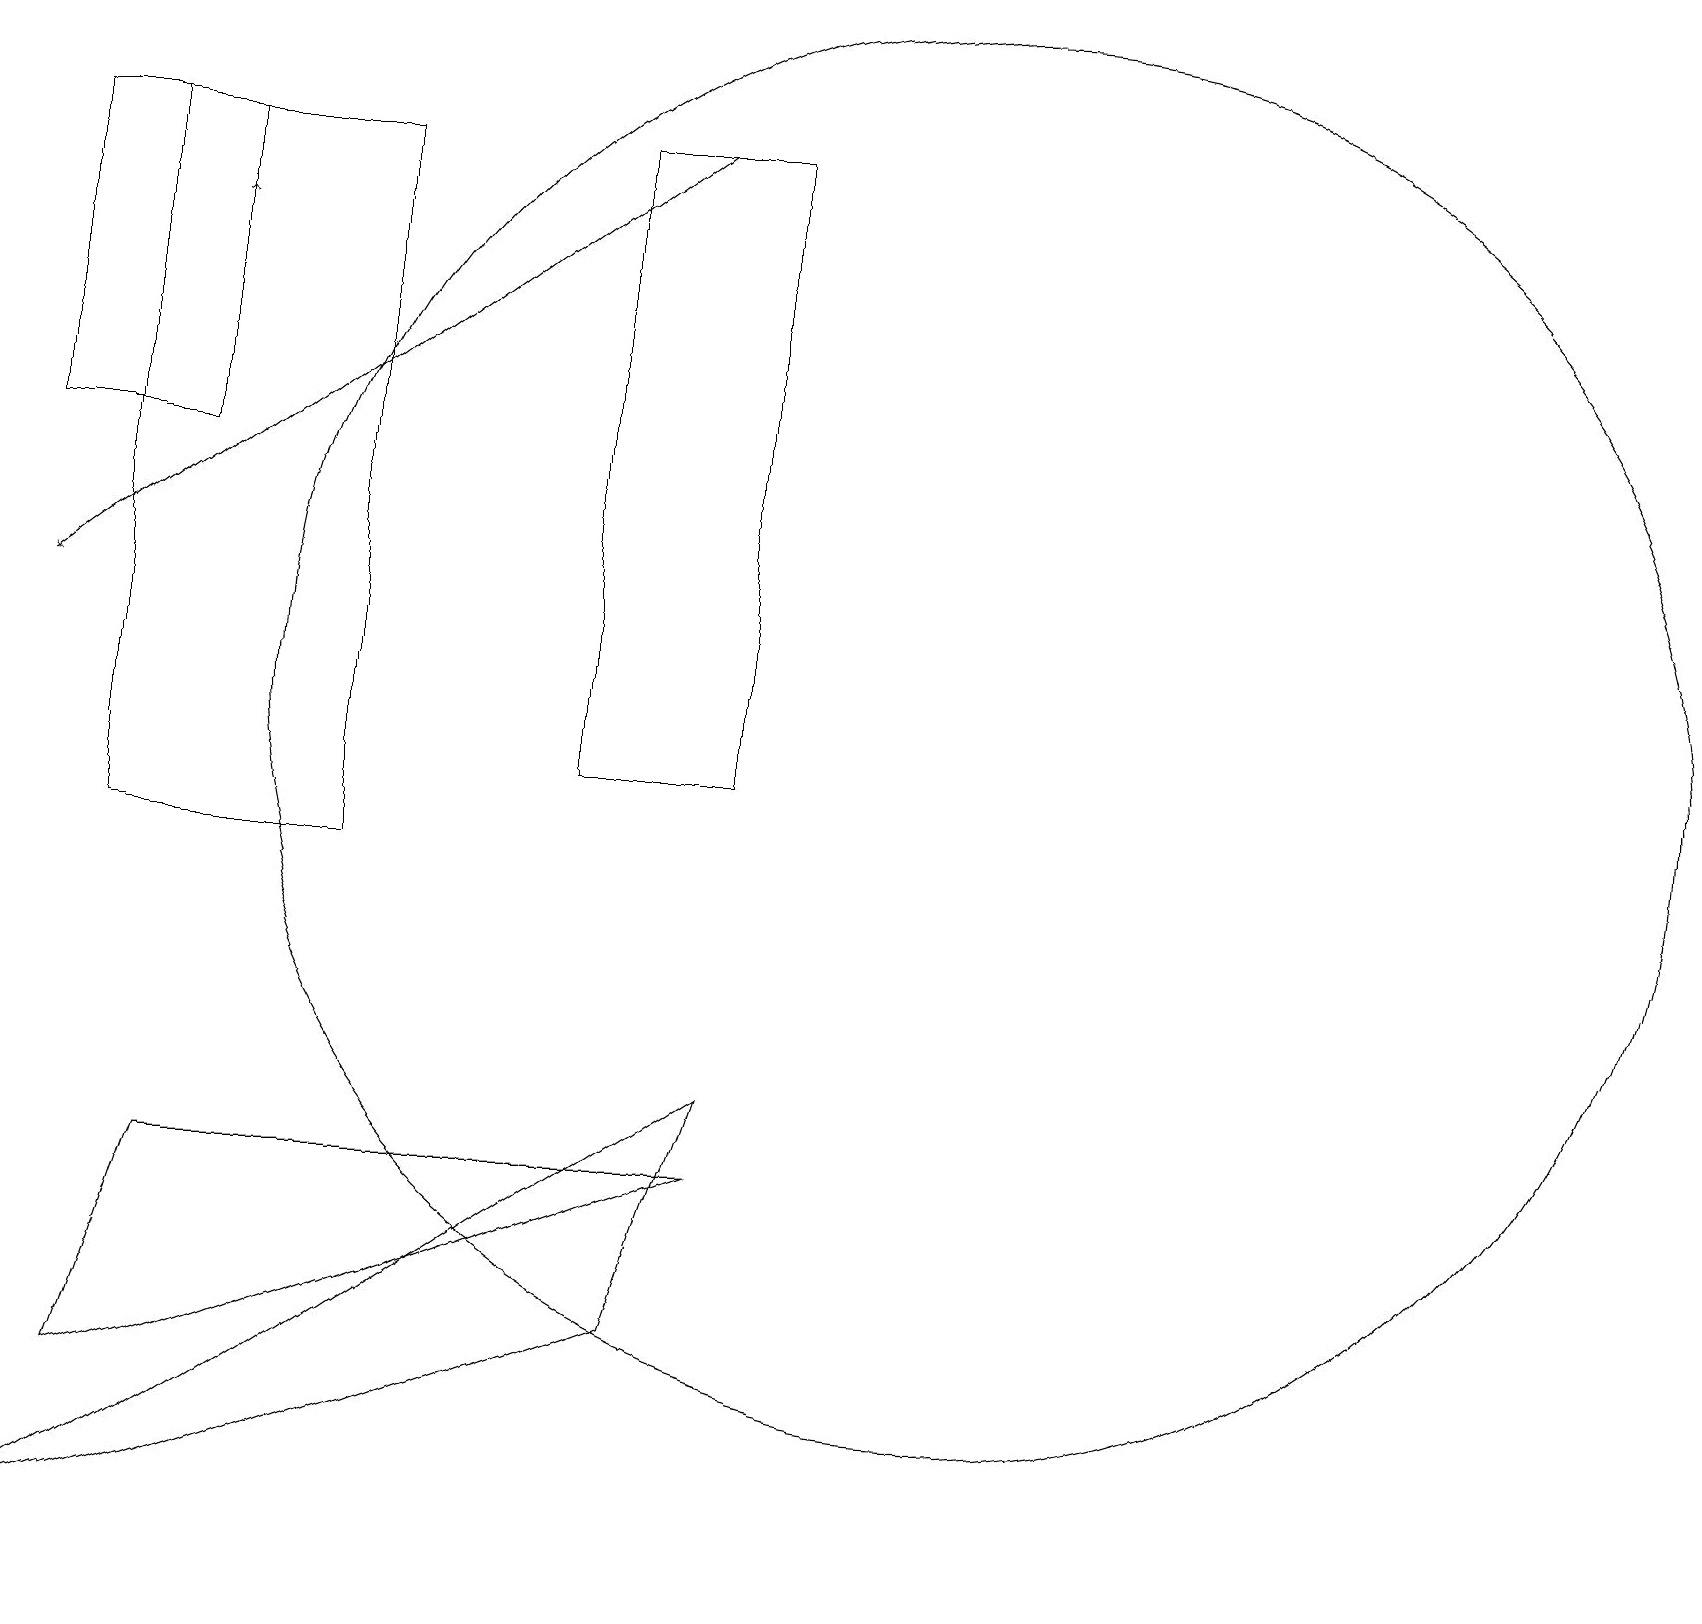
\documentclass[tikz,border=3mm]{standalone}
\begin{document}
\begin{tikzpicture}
\draw (2,19) rectangle (0,15);
\draw[->] (8,19) -- (0,13);
\draw (9,19) rectangle (7,11);
\draw[->] (2,18) -- (2,18);
\draw (2,6) -- (1,3) -- (9,6) -- cycle;
\draw (12,12) circle (9);
\draw (8,4) -- (0,1) -- (9,7) -- cycle;
\draw (1,10) rectangle (4,19);
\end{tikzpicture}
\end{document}